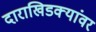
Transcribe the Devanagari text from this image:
दाराखिडक्यांवर